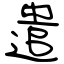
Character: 遣